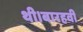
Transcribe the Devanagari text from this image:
थी।बारहवी